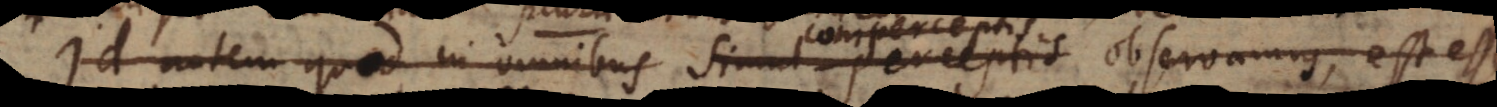
Id autem quod in omnibus simul perceptis comperceptis observamus, est esse